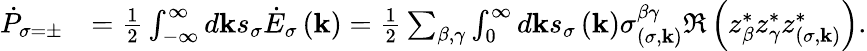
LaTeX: \begin{array}{rl}{\dot{P}_{\sigma=\pm}}&{=\frac{1}{2}\int_{-\infty}^{\infty}d\mathbf{k}s_{\sigma}\dot{E}_{\sigma}\left(\mathbf{k}\right)=\frac{1}{2}\sum_{\beta,\gamma}\int_{0}^{\infty}d\mathbf{k}s_{\sigma}\left(\mathbf{k}\right)\sigma_{\left(\sigma,\mathbf{k}\right)}^{\beta\gamma}\Re\left(z_{\beta}^{*}z_{\gamma}^{*}z_{\left(\sigma,\mathbf{k}\right)}^{*}\right).}\end{array}